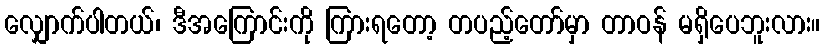
လျှောက်ပါတယ်၊ ဒီအကြောင်းကို ကြားရတော့ တပည့်တော်မှာ တာဝန် မရှိပေဘူးလား။